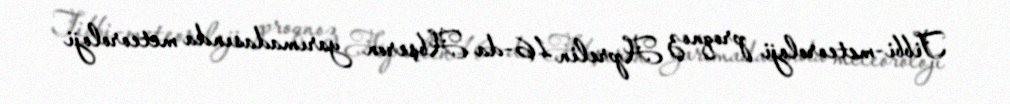
Tibbi-meteoroloji proqnoz Aprelin 16-da Abşeron yarımadasında meteoroloji